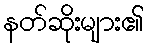
နတ်ဆိုးများ၏